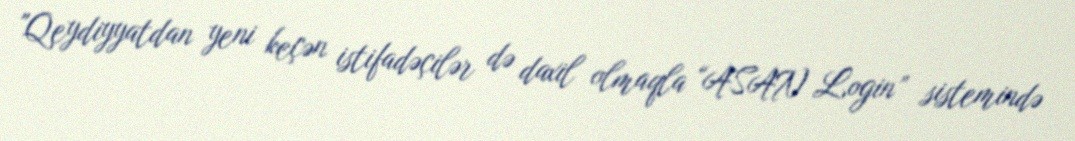
"Qeydiyyatdan yeni keçən istifadəçilər də daxil olmaqla “ASAN Login” sistemində